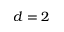
d = 2